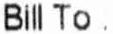
BILL TO :